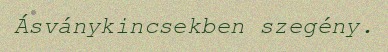
Ásványkincsekben szegény.